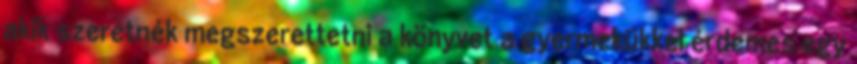
akik szeretnék megszerettetni a könyvet a gyermekükkel érdemes egy